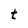
Character: t